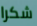
شكرا